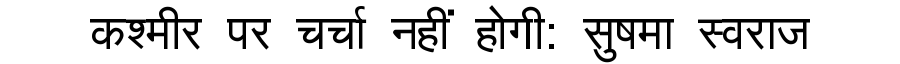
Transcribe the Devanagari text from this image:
कश्मीर पर चर्चा नहीं होगी: सुषमा स्वराज